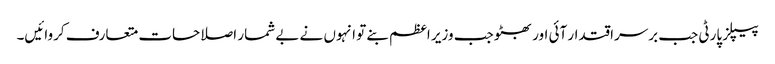
پیپلز پارٹی جب برسراقتدار آئی اور بھٹو جب وزیر اعظم بنے تو انہوں نے بے شمار اصلاحات متعارف کروائیں۔